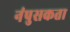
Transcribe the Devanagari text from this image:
नंपुसकता